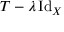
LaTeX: T - \lambda \operatorname { I d } _ { X }